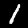
Label: 1